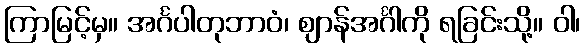
ကြာမြင့်မှ။ အင်္ဂပါတုဘာဝံ၊ ဈာန်အင်္ဂါကို ရခြင်းသို့။ ဝါ၊